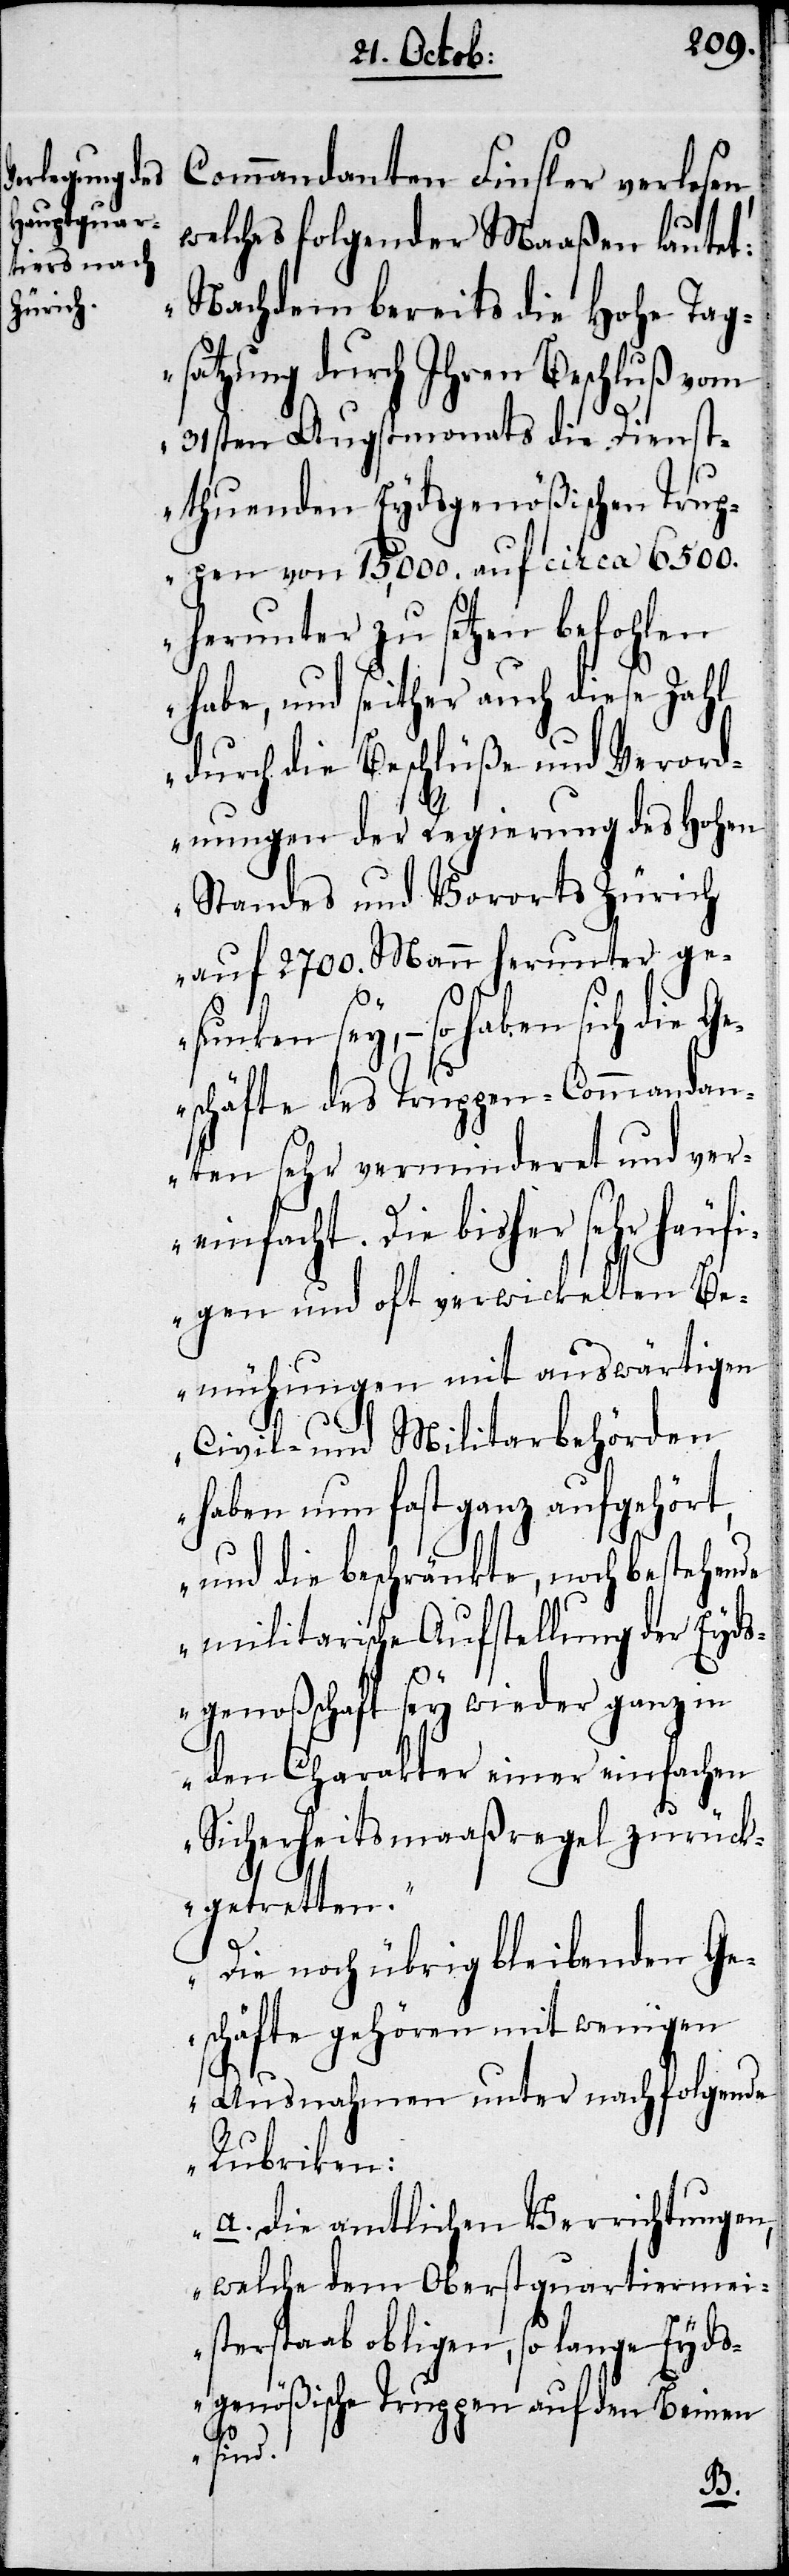
Commandanten Finsler verlesen,
welches folgender Maaßen lautet:
„Nachdem bereits die Hohe Tag¬
satzung durch Ihren Beschluß vom
31sten Augstmonats die Dienst¬
thuenden Eydsgenößischen Trup¬
pen von 15,000. auf circa 6500.
herunter zu setzen befohlen
habe, und seither auch diese Zahl
durch die Beschlüße und Verord¬
nungen der Regierung des Hohen
Standes und Vororts Zürich
auf 2700. Mann herunter ge¬
sunken sey, – so haben sich die
eschäfte des Truppen-Commandan¬
ten sehr verminderet und ver¬
einfacht. Die bisher sehr häufi¬
gen und oft verwickelten Be¬
mühungen mit auswärtigen
Civil- und Militarbehörden
haben nun fast ganz aufgehört,
und die beschränkte, noch bestehende
militarische Aufstellung der Eyds¬
genoßenschaft sey wieder ganz in
den Charakter einer einfachen
Sicherheitsmaaßregel zurück¬
getretten.
Die noch übrig bleibenden Ge¬
schäfte gehören mit weinigen
Ausnahmen unter nachfolgende
Rubriken:
A. Die amtlichen Verrichtungen,
welche dem Oberstquartiermei¬
sterstaab obligen, so lange Eyds¬
genößische Truppen auf den Beinen
sind.
G¬